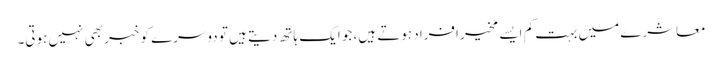
معاشرے میں بہت کم ایسے مخیر افراد ہوتے ہیں، جو ایک ہاتھ دیتے ہیں تو دوسرے کو خبر بھی نہیں ہوتی۔